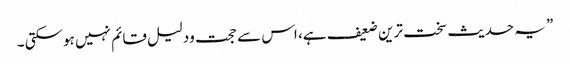
” یہ حدیث سخت ترین ضعیف ہے، اس سے حجت ودلیل قائم نہیں ہوسکتی ۔